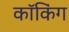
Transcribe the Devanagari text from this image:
कॉकिंग